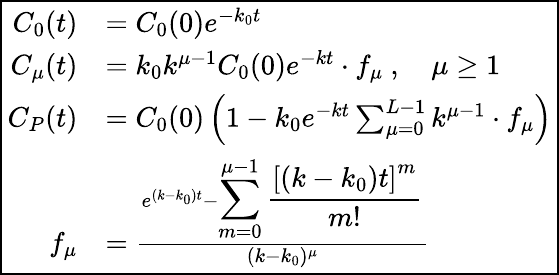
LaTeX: \boxed{\begin{array}{rl}{C_{0}(t)}&{=C_{0}(0)e^{-k_{0}t}}\\ {C_{\mu}(t)}&{=k_{0}k^{\mu-1}C_{0}(0)e^{-kt}\cdot f_{\mu}\ ,\quad\mu\geq 1}\\ {C_{P}(t)}&{=C_{0}(0)\left(1-k_{0}e^{-kt}\sum_{\mu=0}^{L-1}k^{\mu-1}\cdot f_{\mu}\right)}\\ {f_{\mu}}&{=\frac{e^{(k-k_{0})t}-{\displaystyle\sum_{m=0}^{\mu-1}\frac{\left[(k-k_{0})t\right]^{m}}{m!}}}{(k-k_{0})^{\mu}}}\end{array}}